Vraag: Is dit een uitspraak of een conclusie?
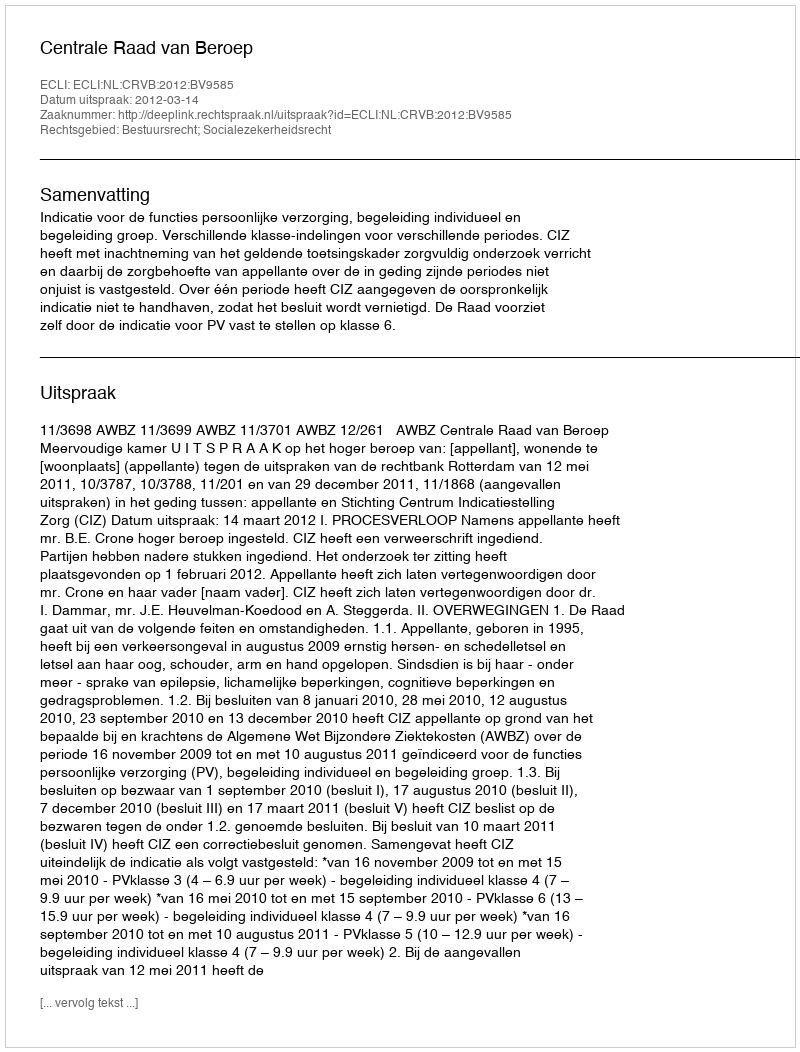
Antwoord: Uitspraak